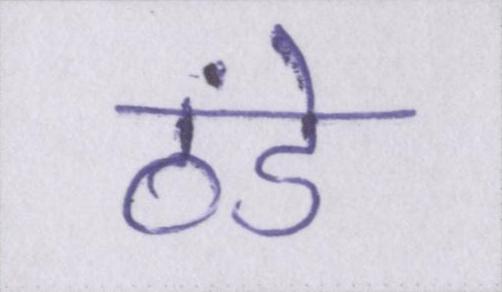
ठंडे